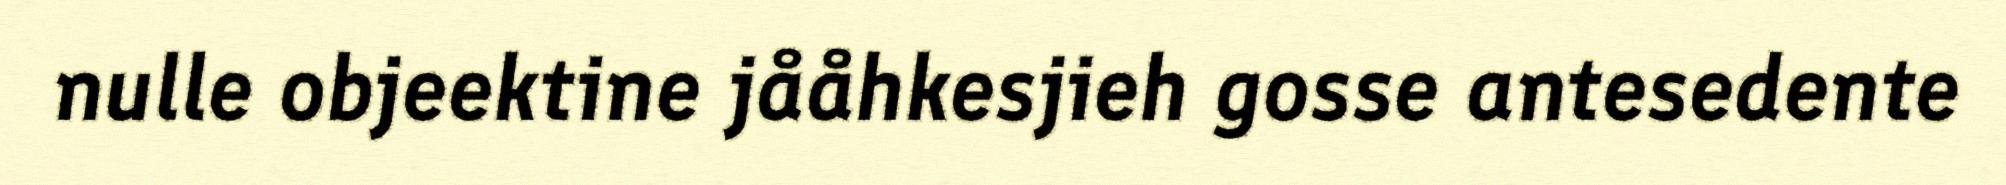
nulle objeektine jååhkesjieh gosse antesedente